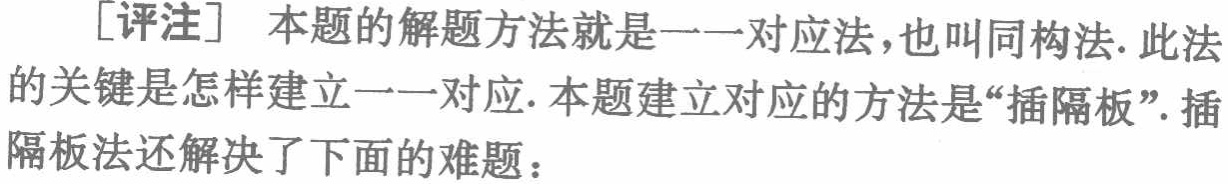
[评注] 本题的解题方法就是一一对应法,也叫同构法. 此法的关键是怎样建立一一对应. 本题建立对应的方法是“插隔板”. 插隔板法还解决了下面的难题：